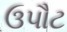
ઉપૌટ